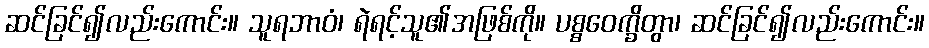
ဆင်ခြင်၍လည်းကောင်း။ သူရဘာဝံ၊ ရဲရင့်သူ၏အဖြစ်ကို။ ပစ္စဝေက္ခိတွာ၊ ဆင်ခြင်၍လည်းကောင်း။